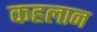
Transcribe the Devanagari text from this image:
कहलान